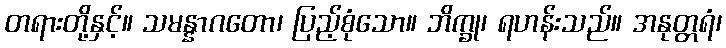
တရားတို့နှင့်။ သမန္နာဂတော၊ ပြည့်စုံသော။ ဘိက္ခု၊ ရဟန်းသည်။ အနုတ္တရံ၊